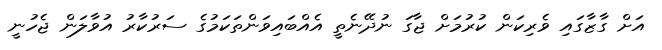
އަށް ގާޒާގައި ވެރިކަން ކުރުމަށް ޖާގަ ނުދޭނެތީ އެއްބައިވަންތަކަމުގެ ސަރުކާރު އުވާލަން ޖެހުނީ